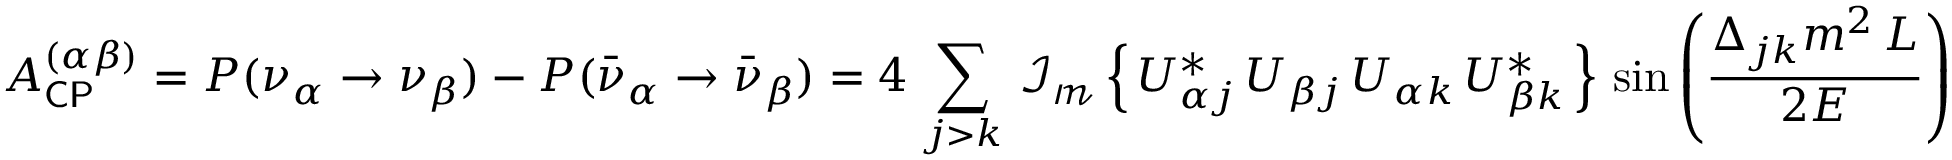
A _ { \mathsf { C P } } ^ { ( \alpha \beta ) } = P ( \nu _ { \alpha } \rightarrow \nu _ { \beta } ) - P ( { \bar { \nu } } _ { \alpha } \rightarrow { \bar { \nu } } _ { \beta } ) = 4 \, \sum _ { j > k } \, \operatorname { \mathcal { I _ { m } } } \left\{ \, U _ { \alpha j } ^ { * } \, U _ { \beta j } \, U _ { \alpha k } \, U _ { \beta k } ^ { * } \, \right\} \, \sin \left( { \frac { \Delta _ { j k } m ^ { 2 } \, L } { 2 E } } \right)